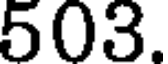
503.